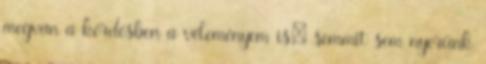
megvan a kérdésben a véleményem is: semmit sem nyerünk